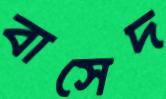
বাসেদ